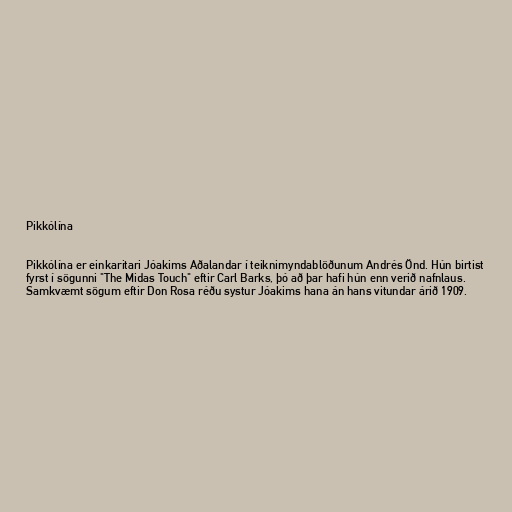
Pikkólína

Pikkólína er einkaritari Jóakims Aðalandar í teiknimyndablöðunum Andrés Önd. Hún birtist
fyrst í sögunni "The Midas Touch" eftir Carl Barks, þó að þar hafi hún enn verið nafnlaus.
Samkvæmt sögum eftir Don Rosa réðu systur Jóakims hana án hans vitundar árið 1909.